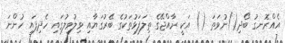
އެއްރޮނގު ބޯދި()ނުވަތަ () އަކީ ރާއްޖޭގެ ތިލަފަޅުތަކުގެ ބޭރުގަޔާއި ވިލުވިލުގައި ހެދިފައި ހުންނަ